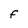
Character: F